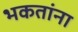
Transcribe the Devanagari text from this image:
भकतांना